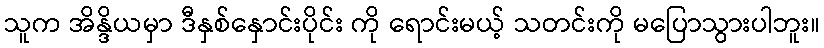
သူက အိန္ဒိယမှာ ဒီနှစ်နှောင်းပိုင်း ကို ရောင်းမယ့် သတင်းကို မပြောသွားပါဘူး။